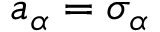
a _ { \alpha } = \sigma _ { \alpha }